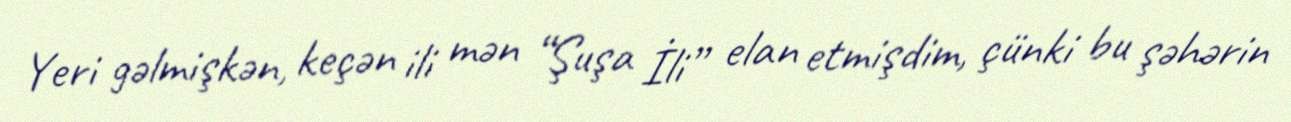
Yeri gəlmişkən, keçən ili mən “Şuşa İli” elan etmişdim, çünki bu şəhərin